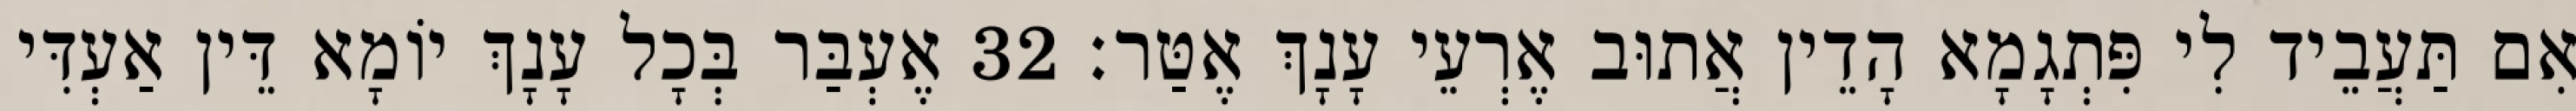
אִם תַּעֲבֵיד לִי פִּתְגָמָא הָדֵין אֲתוּב אֶרְעֵי עָנָךְ אֶטַּר׃ 32 אֶעְבַּר בְּכָל עָנָךְ יוֹמָא דֵּין אַעְדִּי